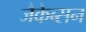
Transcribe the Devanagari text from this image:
जैकेब्सन